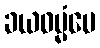
ခယဓမ္မံပေ